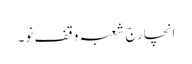
انچارج شعبہ وقف نو۔